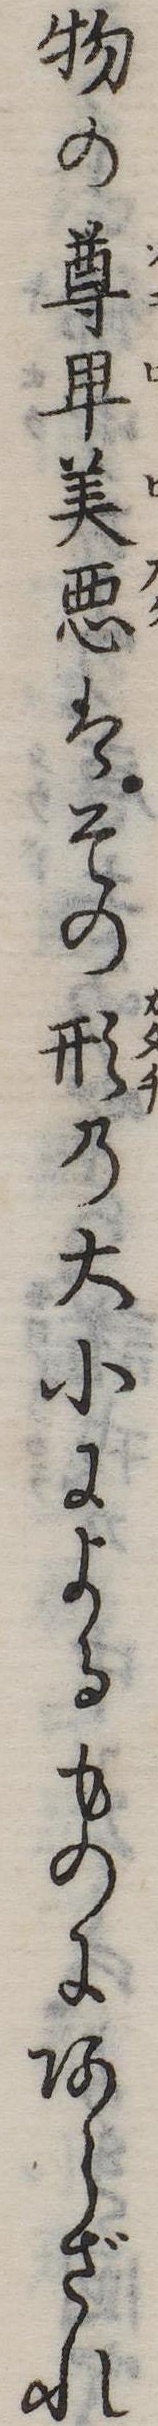
物の尊卑美悪はその形の大小によるものにあらざれ